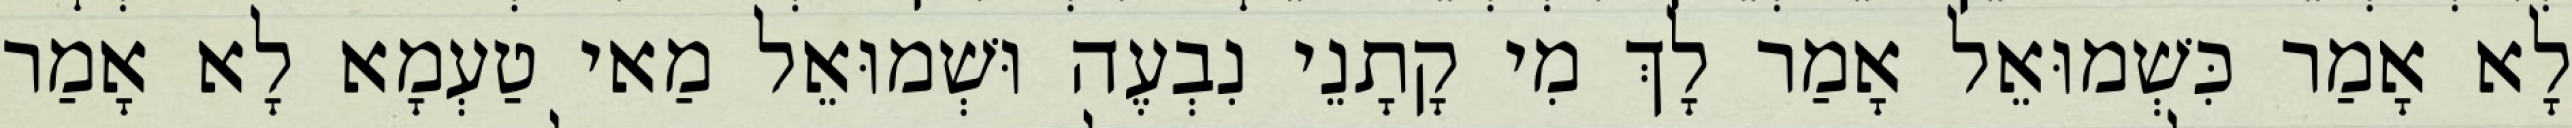
לָא אָמַר כִּשְׁמוּאֵל אָמַר לָךְ מִי קָתָנֵי נִבְעֶה וּשְׁמוּאֵל מַאי טַעְמָא לָא אָמַר